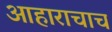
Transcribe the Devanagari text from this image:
आहाराचाच